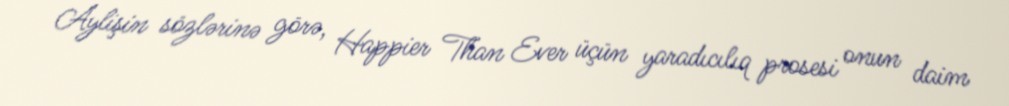
Aylişin sözlərinə görə, Happier Than Ever üçün yaradıcılıq prosesi onun daim